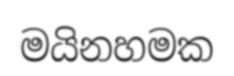
මයිනහමක